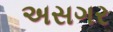
અસગર